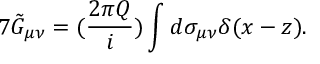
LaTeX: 7 \tilde { G } _ { \mu \nu } = ( \frac { 2 \pi Q } { i } ) \int d \sigma _ { \mu \nu } \delta ( x - z ) .